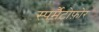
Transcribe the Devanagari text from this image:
स्पर्मैटोफ़ोर